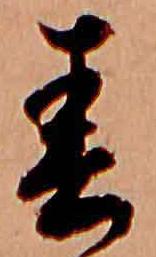
春